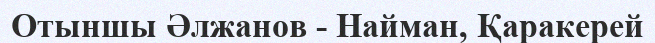
Отыншы Әлжанов - Найман, Қаракерей